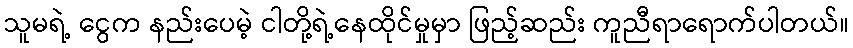
သူမရဲ့ ငွေက နည်းပေမဲ့ ငါတို့ရဲ့နေထိုင်မှုမှာ ဖြည့်ဆည်း ကူညီရာရောက်ပါတယ်။